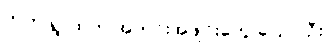
ကဲကဲ ရွာထဲက အတင်းအဖျင်းတွေ ပြောပါဦး